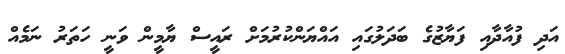
އަދި ފުއާދާއި ފަޔާޒުގެ ބަދަލުގައި އައްޔަންކުރުމަށް ރައީސް ޔާމީން ވަނީ ހަތަރު ނަމެއް